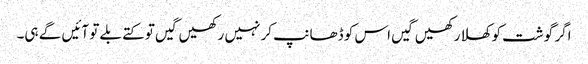
اگر گوشت کو کھلا رکھیں گیں اس کو ڈھانپ کر نہیں رکھیں گیں تو کتے بلے تو آئیں گے ہی۔